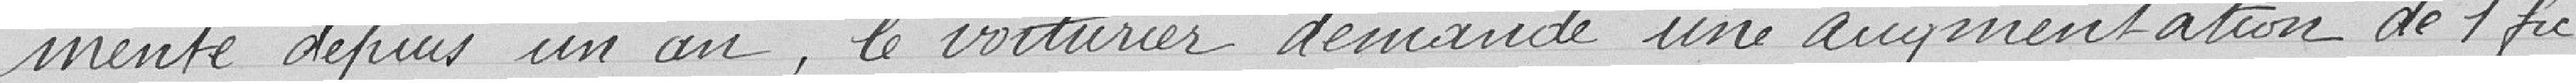
menté depuis un an, le voiturier demande une augmentation de 1 frcs